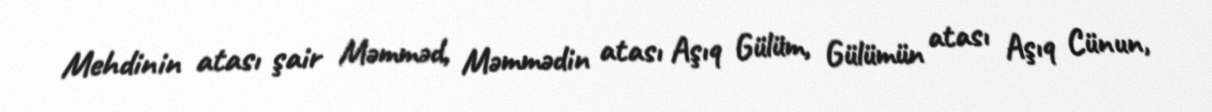
Mehdinin atası şair Məmməd, Məmmədin atası Aşıq Gülüm, Gülümün atası Aşıq Cünun,